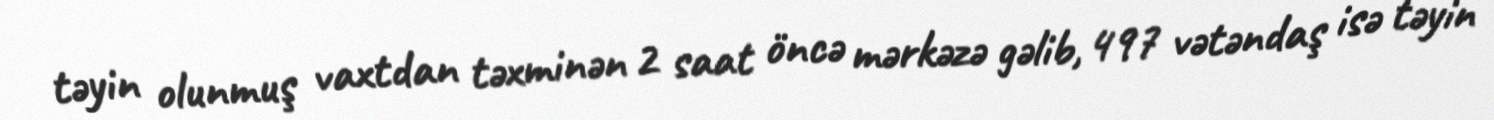
təyin olunmuş vaxtdan təxminən 2 saat öncə mərkəzə gəlib, 497 vətəndaş isə təyin